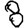
Digit: 8